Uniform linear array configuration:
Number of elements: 16
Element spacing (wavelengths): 0.5
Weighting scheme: blackman
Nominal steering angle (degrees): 15
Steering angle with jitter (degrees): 13.649
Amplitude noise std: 0.05
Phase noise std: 0.05

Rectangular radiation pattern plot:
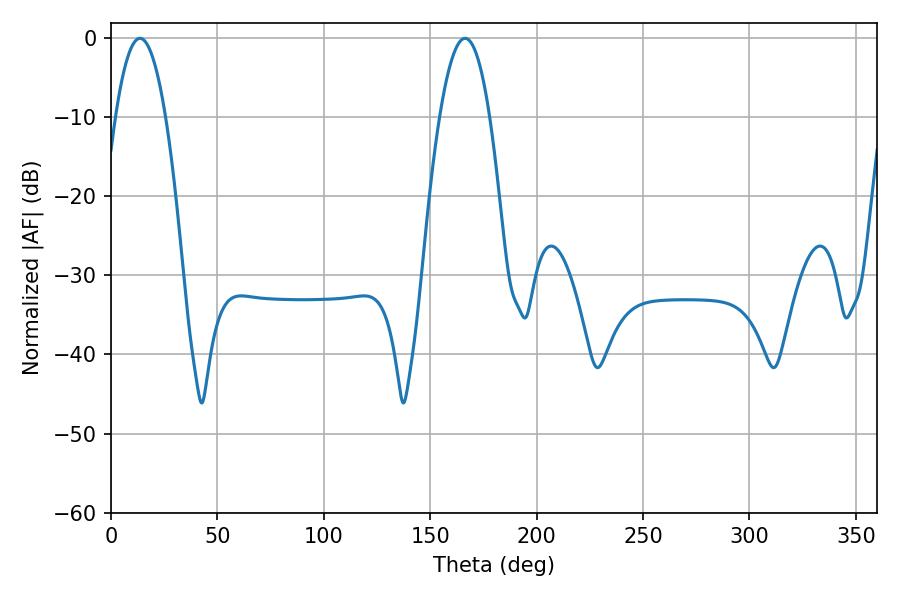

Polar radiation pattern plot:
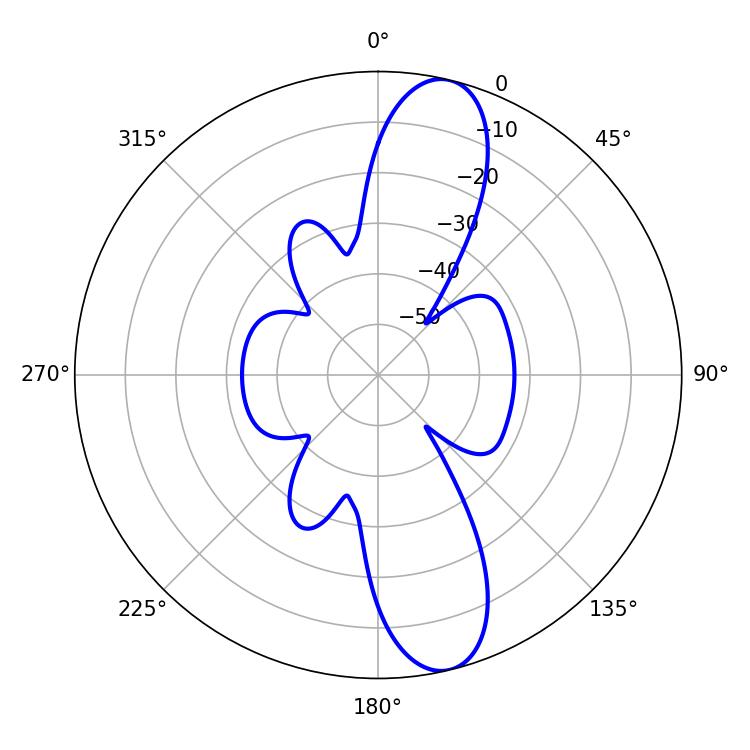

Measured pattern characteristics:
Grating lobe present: FALSE
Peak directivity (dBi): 12.43
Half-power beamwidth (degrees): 12.96
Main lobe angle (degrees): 13.68